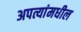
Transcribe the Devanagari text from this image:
अपत्यांमधील